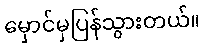
မှောင်မှပြန်သွားတယ်။